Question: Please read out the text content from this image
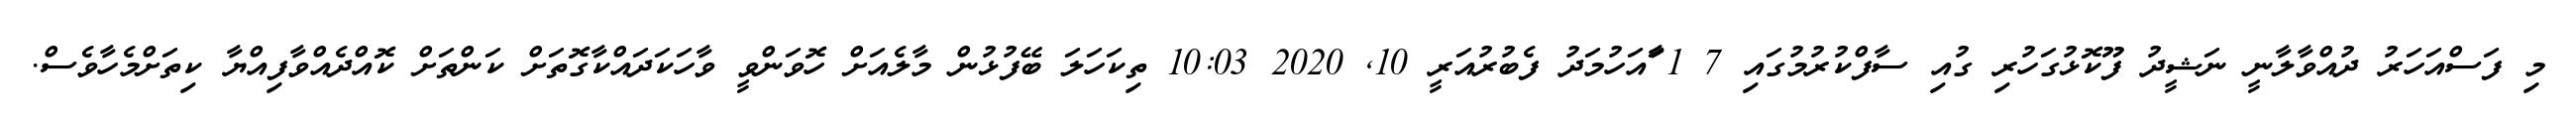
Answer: މި ފަސްއަހަރު ދުއްވާލާނީ ނަޝީދު ފޫކޮޅުގަހުރި ގުއި ސާފްކުރުމުގައި 7 1 ާައަހުމަދު ފެބުރުއަރީ 10, 2020 10:03 ތިކަހަލަ ބޭފުޅުން މާލެއަށް ހޮވަންވީ ވާހަކަދައްކާގޮތަށް ކަންތަށް ކޮއްދެއްވާފިއްޔާ ކިތަށްމެހާވެސް.